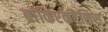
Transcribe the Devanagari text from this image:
ब्रांकिएकटैसिस